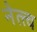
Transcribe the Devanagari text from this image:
नेत्त्व